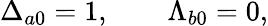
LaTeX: \Delta_{a0}=1,\qquad\Lambda_{b0}=0,